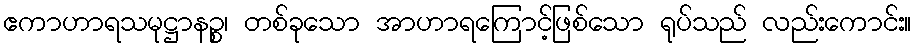
ဧကာဟာရသမုဋ္ဌာနဉ္စ၊ တစ်ခုသော အာဟာရကြောင့်ဖြစ်သော ရုပ်သည် လည်းကောင်း။